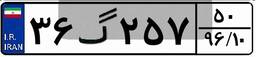
۳۶گ۲۵۷۵۰